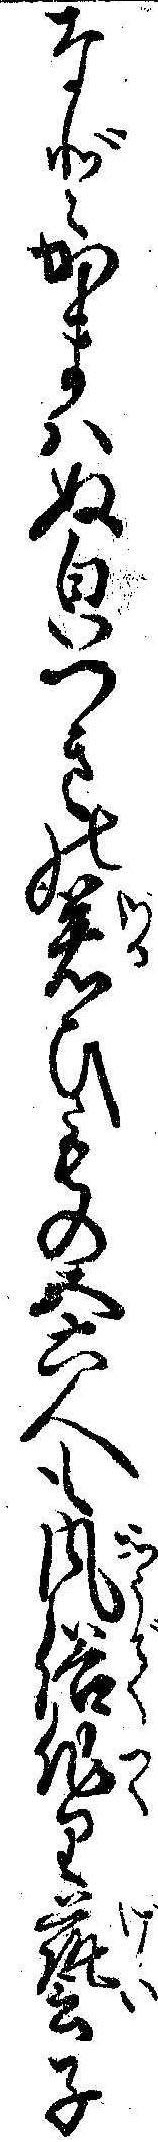
などかまはぬ㒵つきの若ひもの五六人も風俗作り芸子